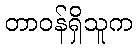
တာဝန်ရှိသူက